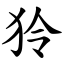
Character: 狑